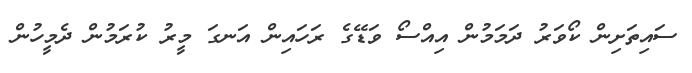
ސައިތަށިން ކޯވަރު ދަމަމުން އިއްސޯ ވަޑޭގެ ރަހައިން އަނގަ މީރު ކުރަމުން ދެމީހުން